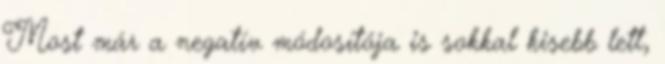
Most már a negatív módosítója is sokkal kisebb lett,